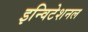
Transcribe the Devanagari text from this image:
इन्विटेशनल